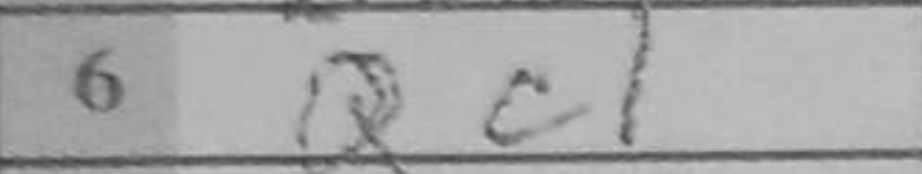
Transcription: Qc1